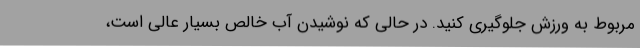
مربوط به ورزش جلوگیری کنید. در حالی که نوشیدن آب خالص بسیار عالی است،